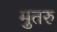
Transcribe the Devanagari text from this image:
मुतरु